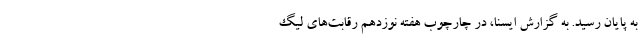
به پایان رسید. به گزارش ایسنا، در چارچوب هفته نوزدهم رقابت‌های لیگ